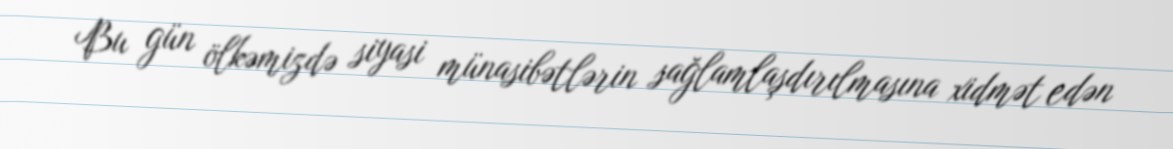
Bu gün ölkəmizdə siyasi münasibətlərin sağlamlaşdırılmasına xidmət edən